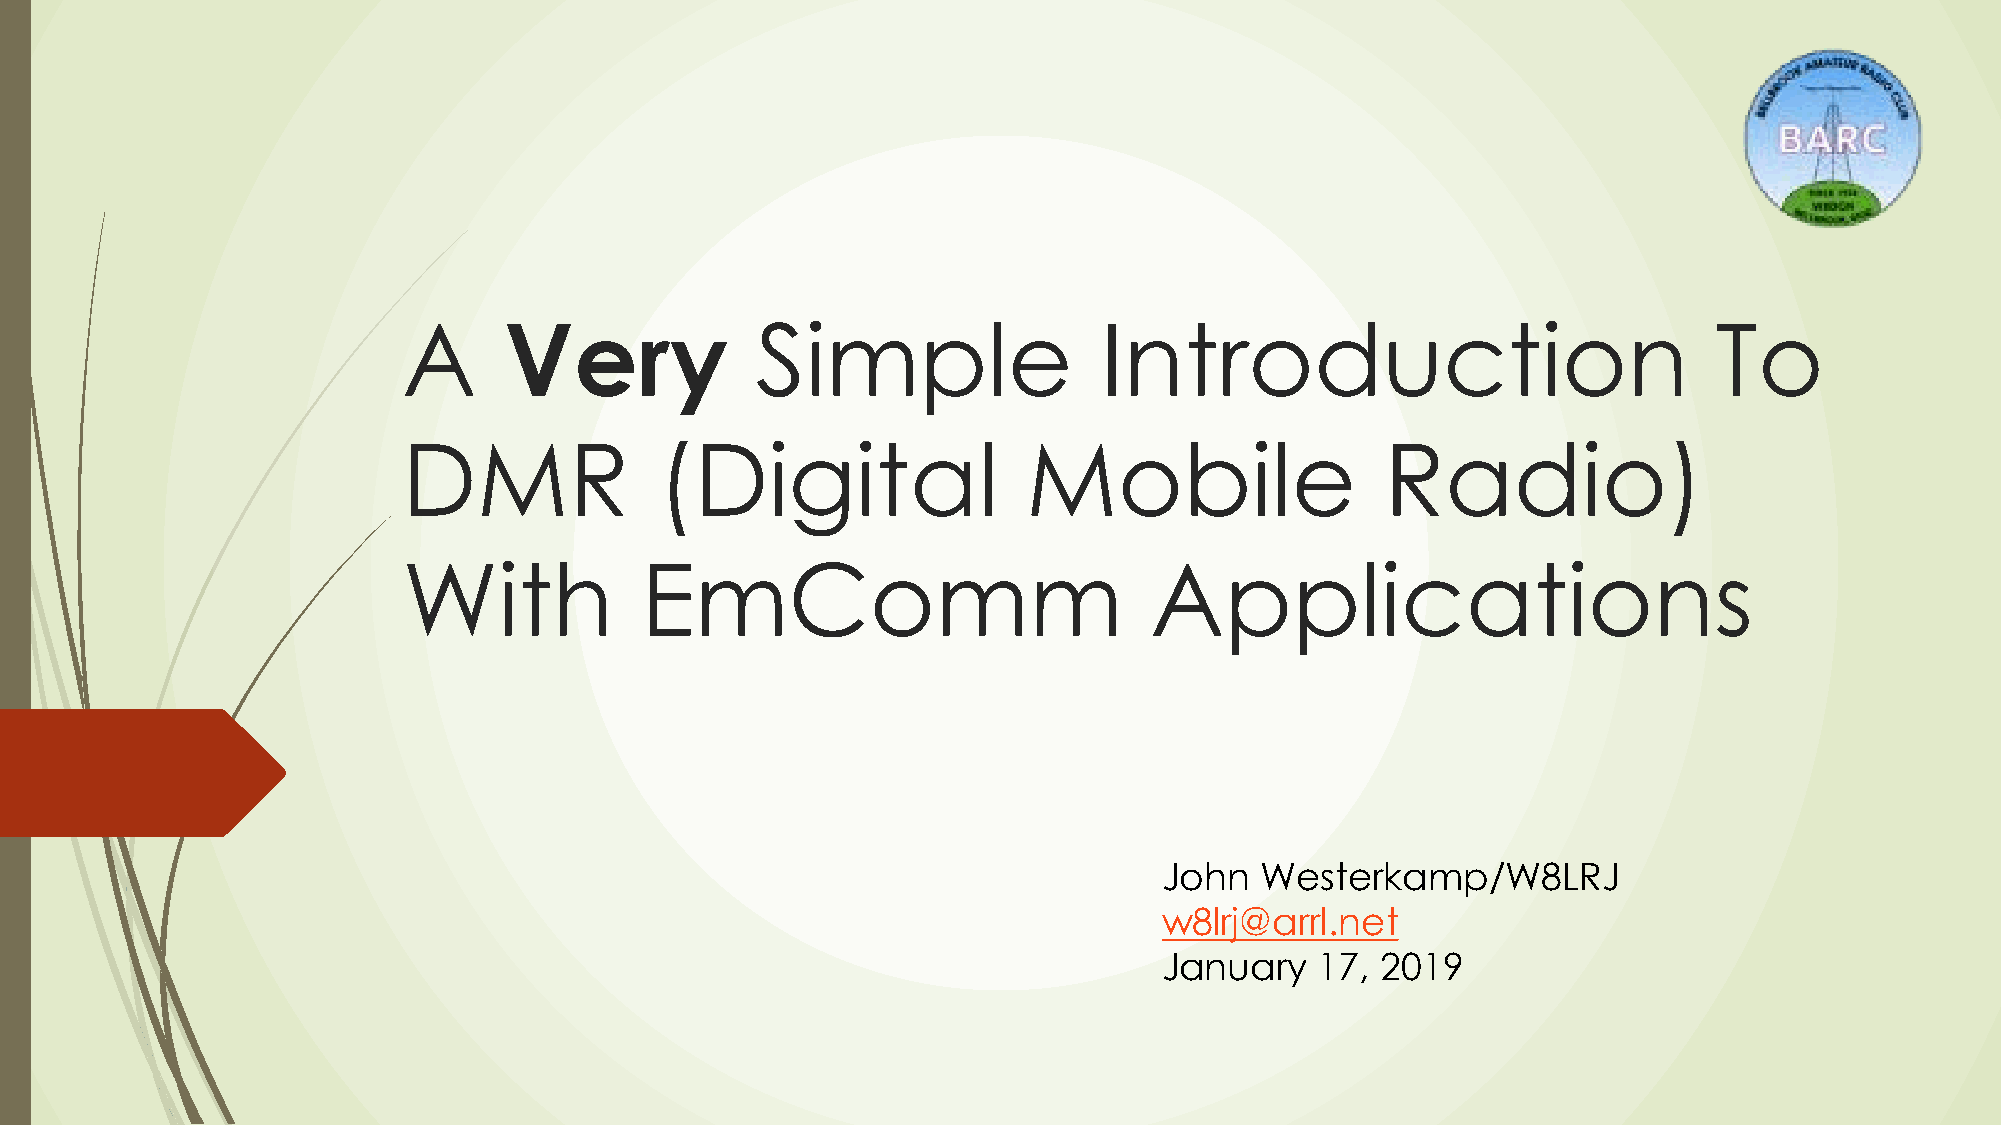
A     Very             Simple                 Introduction                             To
 DMR             (Digital                 Mobile                  Radio)
 With           EmComm                            Applications
 John  Westerkamp/W8LRJ
 w8lrj@arrl.net
 January   17, 2019